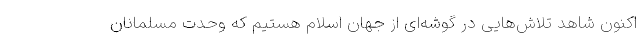
اکنون شاهد تلاش‌هایی در گوشه‌ای از جهان اسلام هستیم که وحدت مسلمانان